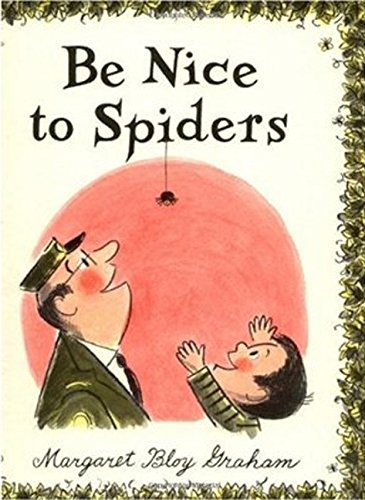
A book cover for Be Nice to Spiders; Margaret Bloy Graham; Children's Books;